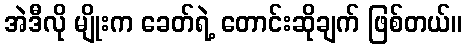
အဲဒီလို မျိုးက ခေတ်ရဲ့ တောင်းဆိုချက် ဖြစ်တယ်။